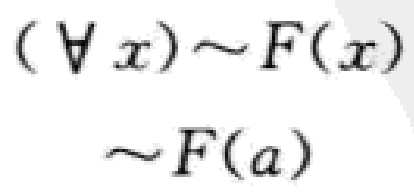
\((\forall x)\sim F(x)\)
\(\sim F(a)\)